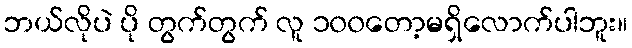
ဘယ်လိုပဲ ပို တွက်တွက် လူ ၁၀၀တော့မရှိလောက်ပါဘူး။